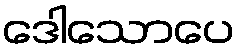
ဒေါသောပေ